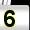
Digit: 5